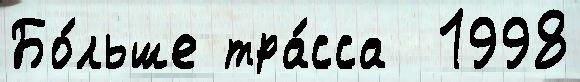
Бо́льше тра́сса  1998